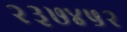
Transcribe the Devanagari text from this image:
२३७४५२